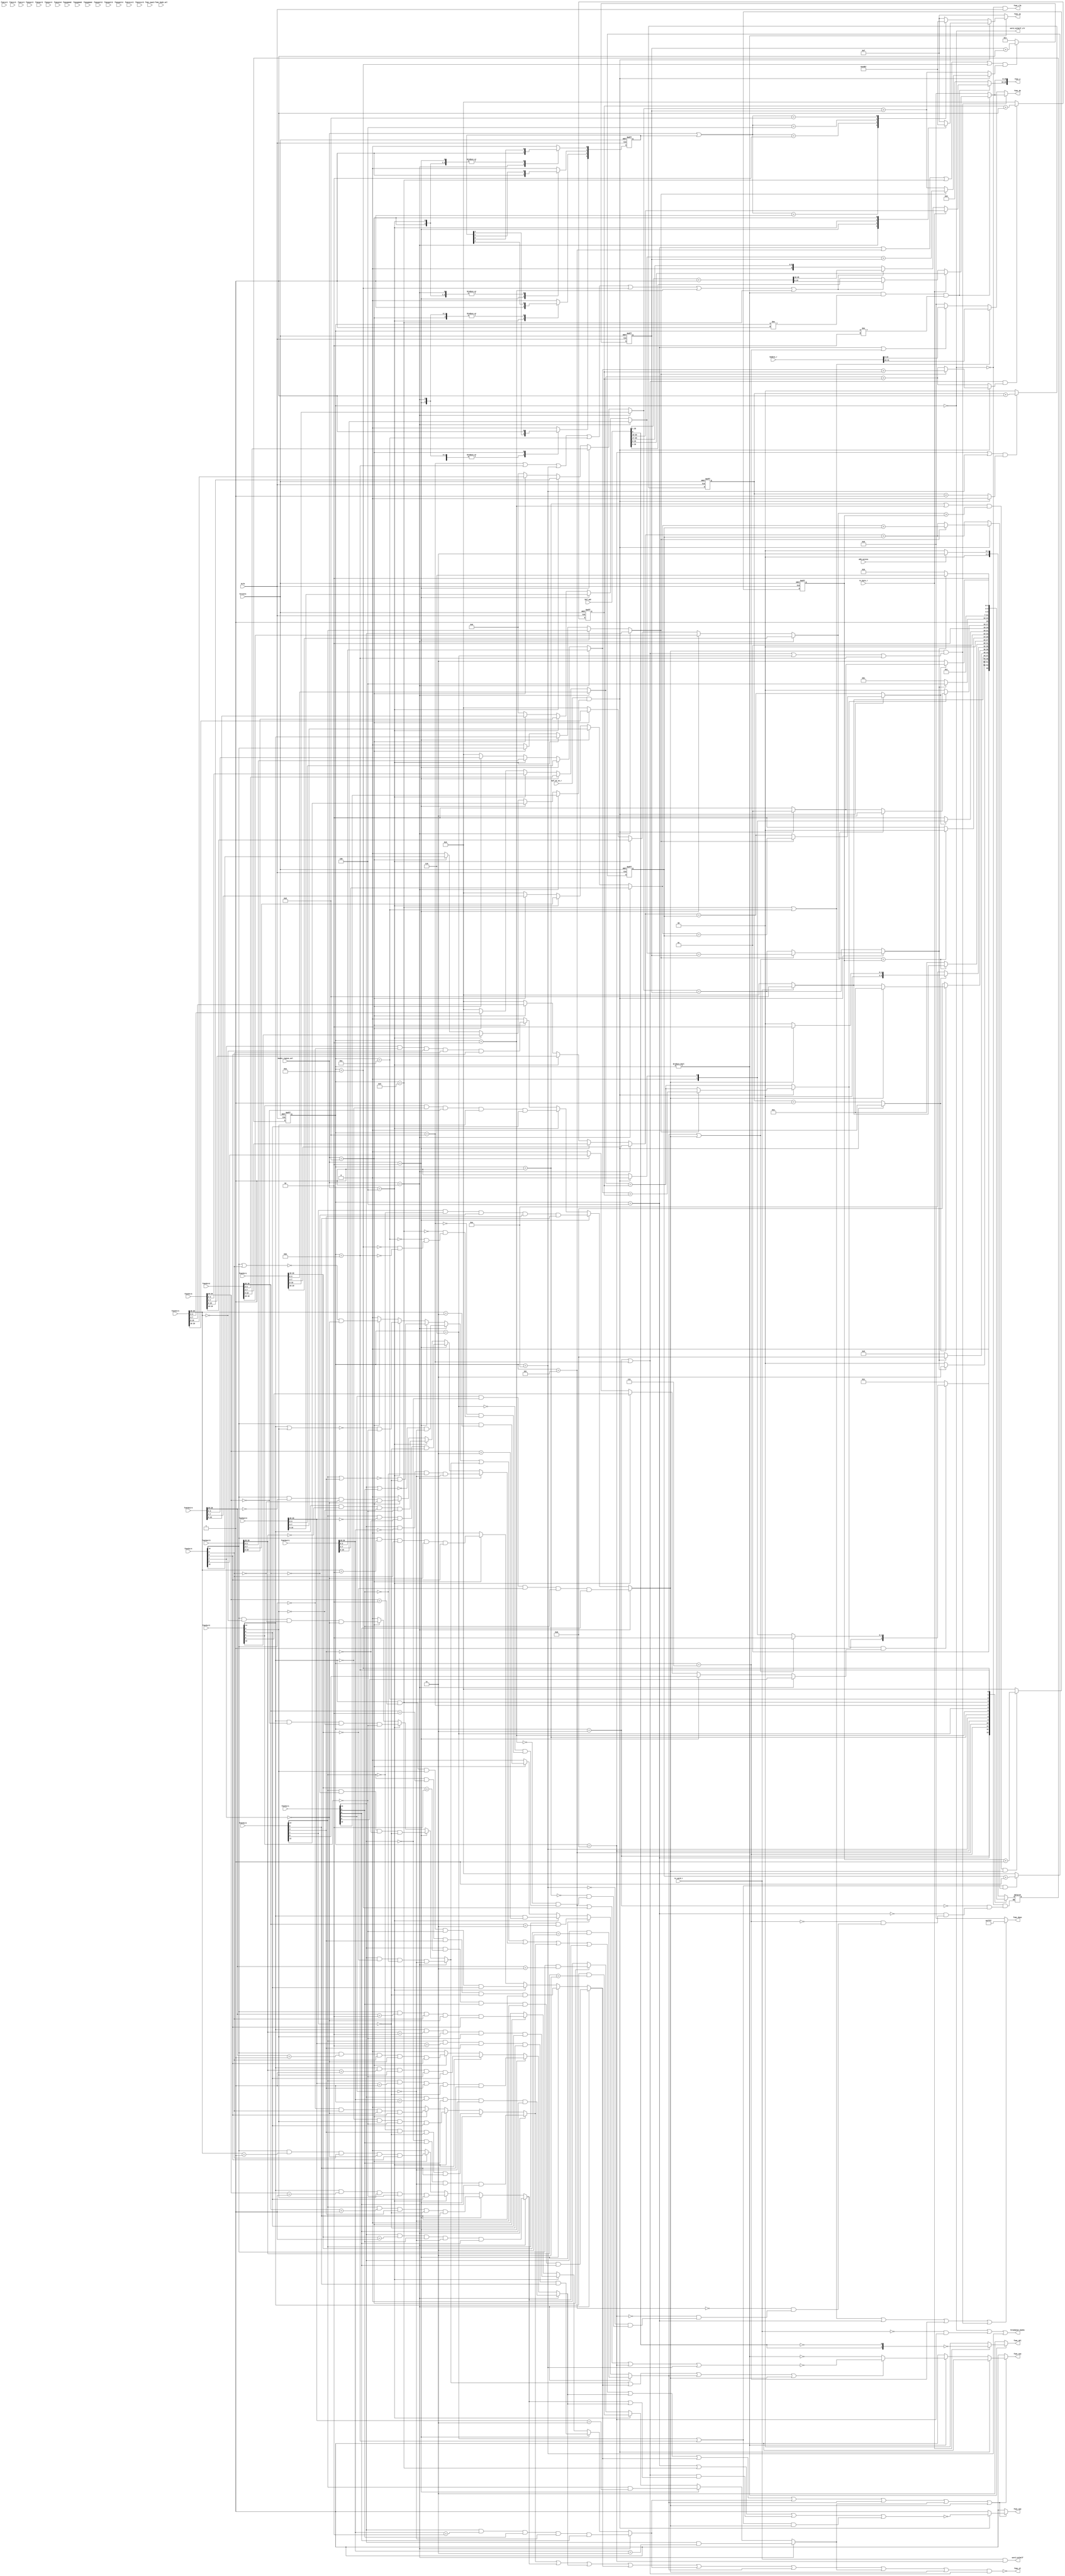
// -----------------------------------------------------------------------------
// Copyright (c) 2014-2020 All rights reserved
// -----------------------------------------------------------------------------
// Create : 2020-05-24 16:32:50
// Revise : 2020-08-05 15:08:49
// Editor : sublime text3, tab size (2)
// -----------------------------------------------------------------------------

module fsmc_core (
  //input signals
  input         hclk            ,
  input         hresetn         ,
  input  [31:0] fsmcbcr1        ,
  input  [31:0] fsmcbtr1        ,
  input  [31:0] fsmcbcr2        ,
  input  [31:0] fsmcbtr2        ,
  input  [31:0] fsmcbcr3        ,
  input  [31:0] fsmcbtr3        ,
  input  [31:0] fsmcbcr4        ,
  input  [31:0] fsmcbtr4        ,
  input  [31:0] fsmcbwtr1       ,
  input  [31:0] fsmcbwtr2       ,
  input  [31:0] fsmcbwtr3       ,
  input  [31:0] fsmcbwtr4       ,
  input  [31:0] fsmcpcr2        ,
  input  [31:0] fsmcpcr3        ,
  input  [31:0] fsmcpcr4        ,
  input  [31:0] fsmcsr2         ,
  input  [31:0] fsmcsr3         ,
  input  [31:0] fsmcsr4         ,
  input  [31:0] fsmcpmem2       ,
  input  [31:0] fsmcpmem3       ,
  input  [31:0] fsmcpmem4       ,
  input  [31:0] fsmcpatt2       ,
  input  [31:0] fsmcpatt3       ,
  input  [31:0] fsmcpatt4       ,
  input  [31:0] fsmcpio4        ,
  input  [31:0] fsmceccr2       ,
  input  [31:0] fsmceccr3       ,
  input         buf_we_en_r     ,
  input         tx_byte_r       ,
  input         tx_word_r       ,
  input         ahb_access      ,
  input         fsmc_nwait      , // wait state input
  input  [ 3:0] bank1_region_sel,
  input  [ 3:0] fsmc_bank_sel   ,
  input  [27:0] buf_adr         ,
  input  [31:0] hwdata_r        ,
  //output signals
  output        hreadyout_bank1 ,
  output        word_1sthalf    ,
  output        word_1sthalf_clr,
  output [25:0] fsmc_a          ,
  output [15:0] fsmc_do         ,
  output [15:0] fsmc_doen       ,
  output        fsmc_noe        , // Output enable, active low
  output        fsmc_nwe        , // Write enable, active low
  output [ 4:1] fsmc_ne         , // Bank SEL, active low
  output        fsmc_nl         , // Latch, active low
  output [ 1:0] fsmc_nbl        , // Upper/Low byte, active low
  output        fsmc_clk
);

  localparam DLY_2HCLK = 1;

  //--------------------------------------------------------
  //  FSM state machine define
  //--------------------------------------------------------
  localparam IDLE        = 4'b0000;
  localparam BUSTURN1_R  = 4'b0001;
  localparam BUSTURN2_R  = 4'b0010;
  localparam ADDSET1     = 4'b0011;
  localparam DATATST1_W  = 4'b0100;
  localparam DATATST1_R  = 4'b0101;
  localparam ADDHLD1     = 4'b0110;
  localparam DATATST1_WF = 4'b0111;
  localparam ADDSET2     = 4'b1000;
  localparam DATATST2_W  = 4'b1001;
  localparam DATATST2_R  = 4'b1010;
  localparam ADDHLD2     = 4'b1011;
  localparam DATATST2_WF = 4'b1100;
  localparam DATAHLD1_R  = 4'b1101;
  localparam DATAHLD2_R  = 4'b1110;

  //-------------------------------------------------------
  //internal registers
  //-------------------------------------------------------
  reg [ 3:0] addset1_cnt  ;
  reg [ 3:0] addhld1_cnt  ;
  reg [ 7:0] datast1_cnt  ;
  reg [ 3:0] busturn_cnt  ;
  reg [ 1:0] datahld_cnt  ;
  reg [ 3:0] current_state;
  reg [ 3:0] next_state   ;
  reg [15:0] fsmc_do_r    ;
  reg [ 3:0] bank1_region_sel_dly;

  reg       fsmc_noe_r;
  reg       fsmc_nwe_r;
  reg [4:1] fsmc_ne_r ;
  reg       bsturn_en ;

  //------------------------------------------------------
  //Internal wire signals
  //------------------------------------------------------
  wire addset1_wclr;
  wire datast1_wclr;
  wire addhld1_wclr;
  wire addset1_clr ;
  wire datast1_clr ;
  wire addhld1_clr ;
  wire addset1_wadd;
  wire datast1_wadd;
  wire addhld1_wadd;
  wire addset1_add ;
  wire datast1_add ;
  wire addhld1_add ;
  wire datahld_clr ;
  wire datahld_add ;
  wire busturn_clr ;
  wire busturn_add ;

  wire [25:0] buf_add_one    ;
  wire        fsmc_wr_en     ;
  wire        nor_acess_en   ;
  wire        asyn_mode_vaild;
  wire        avd_nl_vaild   ;
  wire [ 3:0] bank_sel       ;

  /*------------------------------------------------------------------------------
  --  NOR/PSRAM control bank1 registers Bit define
  ------------------------------------------------------------------------------*/
  wire       mbken1    = fsmcbcr1[    0];
  wire       muxen1    = fsmcbcr1[    1];
  wire [1:0] mtyp1     = fsmcbcr1[ 3: 2];
  wire [1:0] mwid1     = fsmcbcr1[ 5: 4];
  wire       faccen1   = fsmcbcr1[    6];
  wire       bursten1  = fsmcbcr1[    8];
  wire       waitpol1  = fsmcbcr1[    9];
  wire       wrapmod1  = fsmcbcr1[   10];
  wire       waitcfg1  = fsmcbcr1[   11];
  wire       wren1     = fsmcbcr1[   12];
  wire       waiten1   = fsmcbcr1[   13];
  wire       extmod1   = fsmcbcr1[   14];
  wire       asynwait1 = fsmcbcr1[   15];
  wire [1:0] cpsize1   = fsmcbcr1[18:16];
  wire       cburstrw1 = fsmcbcr1[   19];

  wire [3:0] addset1  = fsmcbtr1[ 3: 0];
  wire [3:0] addhld1  = fsmcbtr1[ 7: 4];
  wire [7:0] datast1  = fsmcbtr1[15: 8];
  wire [3:0] busturn1 = fsmcbtr1[19:16];
  wire [3:0] clkdiv1  = fsmcbtr1[23:20];
  wire [3:0] datlat1  = fsmcbtr1[27:24];
  wire [1:0] accmod1  = fsmcbtr1[29:28];

  wire [3:0] addset_w1  = fsmcbwtr1[ 3: 0];
  wire [3:0] addhld_w1  = fsmcbwtr1[ 7: 4];
  wire [7:0] datast_w1  = fsmcbwtr1[15: 8];
  wire [3:0] busturn_w1 = fsmcbwtr1[19:16];
  wire [1:0] accmod_w1  = fsmcbwtr1[29:28];

  /*------------------------------------------------------------------------------
  --  NOR/PSRAM control bank2 registers Bit define
  ------------------------------------------------------------------------------*/
  wire       mbken2    = fsmcbcr2[    0];
  wire       muxen2    = fsmcbcr2[    1];
  wire [1:0] mtyp2     = fsmcbcr2[ 3: 2];
  wire [1:0] mwid2     = fsmcbcr2[ 5: 4];
  wire       faccen2   = fsmcbcr2[    6];
  wire       bursten2  = fsmcbcr2[    8];
  wire       waitpol2  = fsmcbcr2[    9];
  wire       wrapmod2  = fsmcbcr2[   10];
  wire       waitcfg2  = fsmcbcr2[   11];
  wire       wren2     = fsmcbcr2[   12];
  wire       waiten2   = fsmcbcr2[   13];
  wire       extmod2   = fsmcbcr2[   14];
  wire       asynwait2 = fsmcbcr2[   15];
  wire [1:0] cpsize2   = fsmcbcr2[18:16];
  wire       cburstrw2 = fsmcbcr2[   19];

  wire [3:0] addset2  = fsmcbtr2[ 3: 0];
  wire [3:0] addhld2  = fsmcbtr2[ 7: 4];
  wire [7:0] datast2  = fsmcbtr2[15: 8];
  wire [3:0] busturn2 = fsmcbtr2[19:16];
  wire [3:0] clkdiv2  = fsmcbtr2[23:20];
  wire [3:0] datlat2  = fsmcbtr2[27:24];
  wire [1:0] accmod2  = fsmcbtr2[29:28];

  wire [3:0] addset_w2  = fsmcbwtr2[ 3: 0];
  wire [3:0] addhld_w2  = fsmcbwtr2[ 7: 4];
  wire [7:0] datast_w2  = fsmcbwtr2[15: 8];
  wire [3:0] busturn_w2 = fsmcbwtr2[19:16];
  wire [1:0] accmod_w2  = fsmcbwtr2[29:28];

  /*------------------------------------------------------------------------------
  --  NOR/PSRAM control bank3 registers Bit define
  ------------------------------------------------------------------------------*/
  wire       mbken3    = fsmcbcr3[    0];
  wire       muxen3    = fsmcbcr3[    1];
  wire [1:0] mtyp3     = fsmcbcr3[ 3: 2];
  wire [1:0] mwid3     = fsmcbcr3[ 5: 4];
  wire       faccen3   = fsmcbcr3[    6];
  wire       bursten3  = fsmcbcr3[    8];
  wire       waitpol3  = fsmcbcr3[    9];
  wire       wrapmod3  = fsmcbcr3[   10];
  wire       waitcfg3  = fsmcbcr3[   11];
  wire       wren3     = fsmcbcr3[   12];
  wire       waiten3   = fsmcbcr3[   13];
  wire       extmod3   = fsmcbcr3[   14];
  wire       asynwait3 = fsmcbcr3[   15];
  wire [1:0] cpsize3   = fsmcbcr3[18:16];
  wire       cburstrw3 = fsmcbcr3[   19];

  wire [3:0] addset3  = fsmcbtr3[ 3: 0];
  wire [3:0] addhld3  = fsmcbtr3[ 7: 4];
  wire [7:0] datast3  = fsmcbtr3[15: 8];
  wire [3:0] busturn3 = fsmcbtr3[19:16];
  wire [3:0] clkdiv3  = fsmcbtr3[23:20];
  wire [3:0] datlat3  = fsmcbtr3[27:24];
  wire [1:0] accmod3  = fsmcbtr3[29:28];

  wire [3:0] addset_w3  = fsmcbwtr3[ 3: 0];
  wire [3:0] addhld_w3  = fsmcbwtr3[ 7: 4];
  wire [7:0] datast_w3  = fsmcbwtr3[15: 8];
  wire [3:0] busturn_w3 = fsmcbwtr3[19:16];
  wire [1:0] accmod_w3  = fsmcbwtr3[29:28];

  /*------------------------------------------------------------------------------
  --  NOR/PSRAM control bank4 registers Bit define
  ------------------------------------------------------------------------------*/
  wire       mbken4    = fsmcbcr4[    0];
  wire       muxen4    = fsmcbcr4[    1];
  wire [1:0] mtyp4     = fsmcbcr4[ 3: 2];
  wire [1:0] mwid4     = fsmcbcr4[ 5: 4];
  wire       faccen4   = fsmcbcr4[    6];
  wire       bursten4  = fsmcbcr4[    8];
  wire       waitpol4  = fsmcbcr4[    9];
  wire       wrapmod4  = fsmcbcr4[   10];
  wire       waitcfg4  = fsmcbcr4[   11];
  wire       wren4     = fsmcbcr4[   12];
  wire       waiten4   = fsmcbcr4[   13];
  wire       extmod4   = fsmcbcr4[   14];
  wire       asynwait4 = fsmcbcr4[   15];
  wire [1:0] cpsize4   = fsmcbcr4[18:16];
  wire       cburstrw4 = fsmcbcr4[   19];

  wire [3:0] addset4  = fsmcbtr4[ 3: 0];
  wire [3:0] addhld4  = fsmcbtr4[ 7: 4];
  wire [7:0] datast4  = fsmcbtr4[15: 8];
  wire [3:0] busturn4 = fsmcbtr4[19:16];
  wire [3:0] clkdiv4  = fsmcbtr4[23:20];
  wire [3:0] datlat4  = fsmcbtr4[27:24];
  wire [1:0] accmod4  = fsmcbtr4[29:28];

  wire [3:0] addset_w4  = fsmcbwtr4[ 3: 0];
  wire [3:0] addhld_w4  = fsmcbwtr4[ 7: 4];
  wire [7:0] datast_w4  = fsmcbwtr4[15: 8];
  wire [3:0] busturn_w4 = fsmcbwtr4[19:16];
  wire [1:0] accmod_w4  = fsmcbwtr4[29:28];

  wire mode1_s   = (bank1_region_sel == 4'b0001) ? ~(extmod1 | mtyp1[1]) & ~muxen1 :
                   (bank1_region_sel == 4'b0010) ? ~(extmod2 | mtyp2[1]) & ~muxen2 :
                   (bank1_region_sel == 4'b0100) ? ~(extmod3 | mtyp3[1]) & ~muxen3 :
                   (bank1_region_sel == 4'b1000) ? ~(extmod4 | mtyp4[1]) & ~muxen4 : 1'b0;

  wire modea_s   = (bank1_region_sel == 4'b0001) ? extmod1 & (accmod1 == 2'b00) & ~mtyp1[1] & ~muxen1 :
                   (bank1_region_sel == 4'b0010) ? extmod2 & (accmod2 == 2'b00) & ~mtyp2[1] & ~muxen2 :
                   (bank1_region_sel == 4'b0100) ? extmod3 & (accmod3 == 2'b00) & ~mtyp3[1] & ~muxen3 :
                   (bank1_region_sel == 4'b1000) ? extmod4 & (accmod4 == 2'b00) & ~mtyp4[1] & ~muxen4 : 1'b0;

  wire modea_ws  = (bank1_region_sel == 4'b0001) ? extmod1 & (accmod_w1 == 2'b00) & ~mtyp1[1] & ~muxen1 :
                   (bank1_region_sel == 4'b0010) ? extmod2 & (accmod_w2 == 2'b00) & ~mtyp2[1] & ~muxen2 :
                   (bank1_region_sel == 4'b0100) ? extmod3 & (accmod_w3 == 2'b00) & ~mtyp3[1] & ~muxen3 :
                   (bank1_region_sel == 4'b1000) ? extmod4 & (accmod_w4 == 2'b00) & ~mtyp4[1] & ~muxen4 : 1'b0;

  wire mode2_s   = (bank1_region_sel == 4'b0001) ? ~extmod1 & mtyp1[1] & ~muxen1 & faccen1 :
                   (bank1_region_sel == 4'b0010) ? ~extmod2 & mtyp2[1] & ~muxen2 & faccen2 :
                   (bank1_region_sel == 4'b0100) ? ~extmod3 & mtyp3[1] & ~muxen3 & faccen3 :
                   (bank1_region_sel == 4'b1000) ? ~extmod4 & mtyp4[1] & ~muxen4 & faccen4 : 1'b0;

  wire modeb_s   = (bank1_region_sel == 4'b0001) ? extmod1 & (accmod1 == 2'b01) & mtyp1[1] & ~muxen1 & faccen1 :
                   (bank1_region_sel == 4'b0010) ? extmod2 & (accmod2 == 2'b01) & mtyp2[1] & ~muxen2 & faccen2 :
                   (bank1_region_sel == 4'b0100) ? extmod3 & (accmod3 == 2'b01) & mtyp3[1] & ~muxen3 & faccen3 :
                   (bank1_region_sel == 4'b1000) ? extmod4 & (accmod4 == 2'b01) & mtyp4[1] & ~muxen4 & faccen4 : 1'b0;

  wire modeb_ws  = (bank1_region_sel == 4'b0001) ? extmod1 & (accmod_w1 == 2'b01) & mtyp1[1] & ~muxen1 & faccen1 :
                   (bank1_region_sel == 4'b0010) ? extmod2 & (accmod_w2 == 2'b01) & mtyp2[1] & ~muxen2 & faccen2 :
                   (bank1_region_sel == 4'b0100) ? extmod3 & (accmod_w3 == 2'b01) & mtyp3[1] & ~muxen3 & faccen3 :
                   (bank1_region_sel == 4'b1000) ? extmod4 & (accmod_w4 == 2'b01) & mtyp4[1] & ~muxen4 & faccen4 : 1'b0;

  wire modemux_s = (bank1_region_sel == 4'b0001) ? muxen1 & ~extmod1 & (accmod1 == 2'b00) & mtyp1[1] & faccen1 :
                   (bank1_region_sel == 4'b0010) ? muxen2 & ~extmod2 & (accmod2 == 2'b00) & mtyp2[1] & faccen2 :
                   (bank1_region_sel == 4'b0100) ? muxen3 & ~extmod3 & (accmod3 == 2'b00) & mtyp3[1] & faccen3 :
                   (bank1_region_sel == 4'b1000) ? muxen4 & ~extmod4 & (accmod4 == 2'b00) & mtyp4[1] & faccen4 : 1'b0;

  wire modec_s   = (bank1_region_sel == 4'b0001) ? extmod1 & (accmod1 ==2'b10) & mtyp1[1] & ~muxen1 & faccen1 :
                   (bank1_region_sel == 4'b0010) ? extmod2 & (accmod2 ==2'b10) & mtyp2[1] & ~muxen2 & faccen2 :
                   (bank1_region_sel == 4'b0100) ? extmod3 & (accmod3 ==2'b10) & mtyp3[1] & ~muxen3 & faccen3 :
                   (bank1_region_sel == 4'b1000) ? extmod4 & (accmod4 ==2'b10) & mtyp4[1] & ~muxen4 & faccen4 : 1'b0;

  wire modec_ws  = (bank1_region_sel == 4'b0001) ? extmod1 & (accmod_w1 ==2'b10) & mtyp1[1] & ~muxen1 & faccen1 :
                   (bank1_region_sel == 4'b0010) ? extmod2 & (accmod_w2 ==2'b10) & mtyp2[1] & ~muxen2 & faccen2 :
                   (bank1_region_sel == 4'b0100) ? extmod3 & (accmod_w3 ==2'b10) & mtyp3[1] & ~muxen3 & faccen3 :
                   (bank1_region_sel == 4'b1000) ? extmod4 & (accmod_w4 ==2'b10) & mtyp4[1] & ~muxen4 & faccen4 : 1'b0;

  wire moded_s   = (bank1_region_sel == 4'b0001) ? extmod1 & (accmod1 ==2'b11) :
                   (bank1_region_sel == 4'b0010) ? extmod2 & (accmod2 ==2'b11) :
                   (bank1_region_sel == 4'b0100) ? extmod3 & (accmod3 ==2'b11) :
                   (bank1_region_sel == 4'b1000) ? extmod4 & (accmod4 ==2'b11) : 1'b0;

  wire moded_ws  = (bank1_region_sel == 4'b0001) ? extmod1 & (accmod_w1 ==2'b11) :
                   (bank1_region_sel == 4'b0010) ? extmod2 & (accmod_w2 ==2'b11) :
                   (bank1_region_sel == 4'b0100) ? extmod3 & (accmod_w3 ==2'b11) :
                   (bank1_region_sel == 4'b1000) ? extmod4 & (accmod_w4 ==2'b11) : 1'b0;

  wire [3:0] addset_s  = ( bank1_region_sel == 4'b0001 ) ? addset1 :
                         ( bank1_region_sel == 4'b0010 ) ? addset2 :
                         ( bank1_region_sel == 4'b0100 ) ? addset3 :
                         ( bank1_region_sel == 4'b1000 ) ? addset4 : 4'b0;

  wire [3:0] addhld_s  = ( bank1_region_sel == 4'b0001 ) ? addhld1 :
                         ( bank1_region_sel == 4'b0010 ) ? addhld2 :
                         ( bank1_region_sel == 4'b0100 ) ? addhld3 :
                         ( bank1_region_sel == 4'b1000 ) ? addhld4 : 4'b0;

  wire [7:0] datast_s  = ( bank1_region_sel == 4'b0001 ) ? datast1 :
                         ( bank1_region_sel == 4'b0010 ) ? datast2 :
                         ( bank1_region_sel == 4'b0100 ) ? datast3 :
                         ( bank1_region_sel == 4'b1000 ) ? datast4 : 8'b0;

  wire [3:0] addset_ws = ( bank1_region_sel == 4'b0001 ) ? addset_w1 :
                         ( bank1_region_sel == 4'b0010 ) ? addset_w2 :
                         ( bank1_region_sel == 4'b0100 ) ? addset_w3 :
                         ( bank1_region_sel == 4'b1000 ) ? addset_w4 : 4'b0;

  wire [3:0] addhld_ws = ( bank1_region_sel == 4'b0001 ) ? addhld_w1 :
                         ( bank1_region_sel == 4'b0010 ) ? addhld_w2 :
                         ( bank1_region_sel == 4'b0100 ) ? addhld_w3 :
                         ( bank1_region_sel == 4'b1000 ) ? addhld_w4 : 4'b0;

  wire [7:0] datast_ws = ( bank1_region_sel == 4'b0001 ) ? datast_w1 :
                         ( bank1_region_sel == 4'b0010 ) ? datast_w2 :
                         ( bank1_region_sel == 4'b0100 ) ? datast_w3 :
                         ( bank1_region_sel == 4'b1000 ) ? datast_w4 : 8'b0;

  wire [3:0] bsturn_s = ( bank1_region_sel == 4'b0001 ) ? busturn1 :
                        ( bank1_region_sel == 4'b0010 ) ? busturn2 :
                        ( bank1_region_sel == 4'b0100 ) ? busturn3 :
                        ( bank1_region_sel == 4'b1000 ) ? busturn4 : 4'b0;

  wire  mbken_s       = ( bank1_region_sel == 4'b0001 ) ? mbken1 :
                        ( bank1_region_sel == 4'b0010 ) ? mbken2 :
                        ( bank1_region_sel == 4'b0100 ) ? mbken3 :
                        ( bank1_region_sel == 4'b1000 ) ? mbken4 : 1'b0;

  wire wren_s         = ( bank1_region_sel == 4'b0001 ) ? wren1 :
                        ( bank1_region_sel == 4'b0010 ) ? wren2 :
                        ( bank1_region_sel == 4'b0100 ) ? wren3 :
                        ( bank1_region_sel == 4'b1000 ) ? wren4 : 1'b0;

  wire [1:0] mtyp_s   = ( bank1_region_sel == 4'b0001 ) ? mtyp1 :
                        ( bank1_region_sel == 4'b0010 ) ? mtyp2 :
                        ( bank1_region_sel == 4'b0100 ) ? mtyp3 :
                        ( bank1_region_sel == 4'b1000 ) ? mtyp4 : 2'b0;

  wire [1:0] mwid_s   = ( bank1_region_sel == 4'b0001 ) ? mwid1 :
                        ( bank1_region_sel == 4'b0010 ) ? mwid2 :
                        ( bank1_region_sel == 4'b0100 ) ? mwid3 :
                        ( bank1_region_sel == 4'b1000 ) ? mwid4 : 2'b0;

  wire  extmod_s      = ( bank1_region_sel == 4'b0001 ) ? extmod1 :
                        ( bank1_region_sel == 4'b0010 ) ? extmod2 :
                        ( bank1_region_sel == 4'b0100 ) ? extmod3 :
                        ( bank1_region_sel == 4'b1000 ) ? extmod4 : 1'b0;

  wire asynwait_s     = ( bank1_region_sel == 4'b0001 ) ? asynwait1 :
                        ( bank1_region_sel == 4'b0010 ) ? asynwait2 :
                        ( bank1_region_sel == 4'b0100 ) ? asynwait3 :
                        ( bank1_region_sel == 4'b1000 ) ? asynwait4 : 1'b0;

  wire waitpol_s      = ( bank1_region_sel == 4'b0001 ) ? waitpol1 :
                        ( bank1_region_sel == 4'b0010 ) ? waitpol2 :
                        ( bank1_region_sel == 4'b0100 ) ? waitpol3 :
                        ( bank1_region_sel == 4'b1000 ) ? waitpol4 : 1'b0;

  wire wait_vaild = asynwait_s & ((waitpol_s & fsmc_nwait) | (~waitpol_s & ~fsmc_nwait));
  assign asyn_mode_vaild = mode1_s || modea_s || modea_ws || mode2_s || modeb_s || modeb_ws || modec_s ||
                    modec_ws || moded_s || moded_ws || modemux_s;
  assign fsmc_wr_en   = buf_we_en_r & wren_s;
  assign addset1_wclr = extmod_s ? (addset_ws == addset1_cnt) : (addset_s == addset1_cnt);
  assign datast1_wclr = extmod_s ? (datast_ws == datast1_cnt) : (datast_s == datast1_cnt);
  assign addhld1_wclr = extmod_s ? (addhld_ws == addhld1_cnt) : (addhld_s == addhld1_cnt);
  assign addset1_clr  = fsmc_wr_en ? addset1_wclr : (addset_s == addset1_cnt) ;
  assign datast1_clr  = fsmc_wr_en ? datast1_wclr : (datast_s == datast1_cnt) ;
  assign addhld1_clr  = fsmc_wr_en ? addhld1_wclr : (addhld_s == addhld1_cnt) ;
  assign addset1_wadd = extmod_s ? (addset_ws > addset1_cnt) : (addset_s > addset1_cnt) ;
  assign datast1_wadd = extmod_s ? (datast_ws > datast1_cnt) : (datast_s > datast1_cnt) ;
  assign addhld1_wadd = extmod_s ? (addhld_ws > addhld1_cnt) : (addhld_s > addhld1_cnt) ;
  assign addset1_add  = fsmc_wr_en ? addset1_wadd : (addset_s > addset1_cnt) ;
  assign datast1_add  = fsmc_wr_en ? datast1_wadd : (datast_s > datast1_cnt) ;
  assign addhld1_add  = fsmc_wr_en ? addhld1_wadd : (addhld_s > addhld1_cnt) ;
  assign datahld_clr  = (~fsmc_wr_en) ? (datahld_cnt == DLY_2HCLK) : 1'b0;
  assign datahld_add  = (~fsmc_wr_en) ? (datahld_cnt < DLY_2HCLK) : 1'b0;
  assign busturn_clr  = bsturn_s == busturn_cnt;
  assign busturn_add  = bsturn_s >  busturn_cnt;

  always @(posedge hclk or negedge hresetn) begin
    if(~hresetn)
      bsturn_en <= 1'b0;
    else if(modemux_s) begin
      if(datahld_clr && ~fsmc_wr_en)
        bsturn_en <= 1'b1;
      else if(busturn_clr || fsmc_wr_en)
        bsturn_en <= 1'b0;
    end
  end

  always @ (posedge hclk or negedge hresetn) begin
    if (!hresetn)
      busturn_cnt <= 4'd0;
    else if((current_state == BUSTURN1_R || current_state == BUSTURN2_R) && busturn_add && modemux_s)
      busturn_cnt <= busturn_cnt+1;
    else
      busturn_cnt <= 4'd0;
  end

  always @ (posedge hclk or negedge hresetn) begin
    if (!hresetn)
      datahld_cnt <= 2'd0;
    else if((current_state == DATAHLD1_R || current_state == DATAHLD2_R) && datahld_add)
      datahld_cnt <= datahld_cnt+1;
    else
      datahld_cnt <= 2'd0;
  end

  always @ (posedge hclk or negedge hresetn) begin
    if (!hresetn)
      addset1_cnt <= 4'd0;
    else if((current_state == ADDSET1 || current_state == ADDSET2) && addset1_add)
      addset1_cnt <= addset1_cnt+1;
    else
      addset1_cnt <= 4'd0;
  end

  always @ (posedge hclk or negedge hresetn) begin
    if (!hresetn)
      addhld1_cnt <= 4'd0;
    else if((current_state == ADDHLD1 || current_state == ADDHLD2) && addhld1_add)
      addhld1_cnt <= addhld1_cnt+1;
    else
      addhld1_cnt <= 4'd0;
  end

  // always @ (posedge hclk or negedge hresetn) begin
  //   if (!hresetn) begin
  //     if(fsmc_wr_en)
  //       datast1_cnt <= 8'd1;
  //     else
  //       datast1_cnt <= 8'd0;
  //   end
  //   else if((current_state == DATATST1_W || current_state == DATATST1_R ||
  //            current_state == DATATST2_W || current_state == DATATST2_R) && datast1_add)
  //     datast1_cnt <= datast1_cnt+1;
  //   else begin
  //     if(fsmc_wr_en)
  //       datast1_cnt <= 8'd1;
  //     else
  //       datast1_cnt <= 8'd0;
  //   end
  // end

  always @ (posedge hclk or negedge hresetn) begin
    if (!hresetn)
      datast1_cnt <= 8'd1;
    else if((current_state == DATATST1_W || current_state == DATATST1_R ||
             current_state == DATATST2_W || current_state == DATATST2_R) && datast1_add)
      datast1_cnt <= datast1_cnt+1;
    else
      datast1_cnt <= 8'd1;
  end

  always @(posedge hclk or negedge hresetn) begin
    if(!hresetn)
      bank1_region_sel_dly <= 4'b0;
    else
      case (bank1_region_sel)
        4'b0001 : bank1_region_sel_dly[0] <= 1'b1;
        4'b0010 : bank1_region_sel_dly[1] <= 1'b1;
        4'b0100 : bank1_region_sel_dly[2] <= 1'b1;
        4'b1000 : bank1_region_sel_dly[3] <= 1'b1;
        default : bank1_region_sel_dly <= 4'b0;
      endcase
  end

  wire [3:0] region_sel = bank1_region_sel | bank1_region_sel_dly;

  //--------------------------------------------------------
  //  FSM state machine process
  //--------------------------------------------------------
  always @ (posedge hclk or negedge hresetn) begin
    if (!hresetn)
      current_state <= IDLE;
    else
      current_state <= next_state;
  end

  always @(*) begin
    case(current_state)
      IDLE : begin
        if(ahb_access)
          next_state = ADDSET1;
        else
          next_state = IDLE;
      end

      ADDSET1 : begin
        if(addset1_clr && mbken_s) begin
          if(moded_s | modemux_s)
            next_state = ADDHLD1;
          else
            next_state = fsmc_wr_en ? DATATST1_W : DATATST1_R;
        end
        else
          next_state = ADDSET1;
      end

      DATATST1_W : begin
        if(datast1_clr)
          next_state = DATATST1_WF;
        else
          next_state = DATATST1_W;
      end

      DATATST1_WF : begin
        if(tx_word_r)
          next_state = ADDSET2;
        else
          next_state = IDLE;
      end

      DATATST1_R : begin
        if(datast1_clr)
          next_state = DATAHLD1_R;
        else
          next_state = DATATST1_R;
      end

      DATAHLD1_R : begin
        if(datahld_clr) begin
          if(modemux_s)
              next_state = BUSTURN1_R;
          else begin
            if(tx_word_r)
              next_state = ADDSET2;
            else
              next_state = IDLE;
          end
        end
        else
          next_state = DATAHLD1_R;
      end

      DATAHLD2_R : begin
        if(datahld_clr) begin
          if(modemux_s)
            next_state = BUSTURN2_R;
          else
            next_state = IDLE;
        end
        else
          next_state = DATAHLD2_R;
      end

      BUSTURN1_R : begin
        if(busturn_clr) begin
          if(tx_word_r)
            next_state = ADDSET2;
          else
            next_state = IDLE;
        end
        else
          next_state = BUSTURN1_R;
      end

      BUSTURN2_R : begin
        if(busturn_clr)
          next_state = IDLE;
        else
          next_state = BUSTURN2_R;
      end

      ADDHLD1 : begin
        if(addhld1_clr)
          next_state = fsmc_wr_en ? DATATST1_W : DATATST1_R;
        else
          next_state = ADDHLD1;
      end

      ADDSET2 : begin
        if(addset1_clr) begin
          if(moded_s | modemux_s)
            next_state = ADDHLD2;
          else
            next_state = fsmc_wr_en ? DATATST2_W : DATATST2_R;
        end
        else
          next_state = ADDSET2;
      end

      DATATST2_W : begin
        if(datast1_clr)
          next_state = DATATST2_WF;
        else
          next_state = DATATST2_W;
      end

      DATATST2_WF :
        next_state = IDLE ;

      DATATST2_R : begin
        if(datast1_clr)
          next_state = DATAHLD2_R;
        else
          next_state = DATATST2_R;
      end

      ADDHLD2 : begin
        if(addhld1_clr)
          next_state = fsmc_wr_en ? DATATST2_W : DATATST2_R;
        else
          next_state = ADDHLD2;
      end

    endcase
  end

  always @(*) begin
    fsmc_nwe_r = 1'b1;
    fsmc_noe_r = 1'b1;
    if(fsmc_wr_en) begin
      fsmc_nwe_r = ~( current_state == DATATST1_W || current_state == DATATST2_W ||
                    ((current_state == ADDSET1 || current_state == ADDSET2) && (modeb_s || modeb_ws)) ||
                    ((current_state == ADDHLD1 || current_state == ADDHLD2) && modemux_s));
      fsmc_noe_r = 1'b1;
    end
    else begin
      if(current_state != IDLE) begin
        if(modea_s | modec_s | moded_s | modemux_s)
          fsmc_noe_r = ~(current_state == DATATST1_R || current_state == DATATST2_R  ||
                         current_state == DATAHLD1_R || current_state == DATAHLD2_R);
        else
          fsmc_noe_r = ~(current_state != IDLE);
      end
      else
        fsmc_noe_r = 1'b1;
    end
  end

  always @(*) begin
    fsmc_do_r = 16'd0;
    if((modemux_s & (current_state == ADDSET1 || current_state == ADDSET2 ||
          current_state == ADDHLD1 || current_state == ADDHLD2)))
      fsmc_do_r = fsmc_a[15:0];
    else if(current_state == DATATST2_W || current_state == DATATST2_WF)
      fsmc_do_r = hwdata_r[31:16];
    else if(current_state == DATATST1_W || current_state == DATATST1_WF)
      fsmc_do_r = hwdata_r[15:0];
  end

  always @(*) begin
    if(current_state != IDLE) begin
      if(fsmc_wr_en)
        case (bank1_region_sel)
          4'b0001 : fsmc_ne_r = 4'b1110;
          4'b0010 : fsmc_ne_r = 4'b1101;
          4'b0100 : fsmc_ne_r = 4'b1011;
          4'b1000 : fsmc_ne_r = 4'b0111;
          default : fsmc_ne_r = 4'b1111;
        endcase
      else
        case (region_sel)
          4'b0001 : fsmc_ne_r = 4'b1110;
          4'b0010 : fsmc_ne_r = 4'b1101;
          4'b0100 : fsmc_ne_r = 4'b1011;
          4'b1000 : fsmc_ne_r = 4'b0111;
          default : fsmc_ne_r = 4'b1111;
        endcase
    end
    else
      fsmc_ne_r = 4'b1111;
  end

  assign buf_add_one = buf_adr[25:1] + 26'd1 ;

  assign fsmc_a[25:16] = (current_state != IDLE && current_state != BUSTURN1_R && current_state != BUSTURN2_R) ?
                         (tx_byte_r ? buf_adr[25:16] :
                         ((current_state == ADDSET2     || current_state == ADDHLD2    || current_state == DATAHLD2_R ||
                           current_state == DATATST2_WF || current_state == DATATST2_R || current_state == BUSTURN2_R ||
                           current_state == DATATST2_W) ? buf_add_one[25:16] : {1'b0, buf_adr[25:17]})) : 16'd0;

  assign fsmc_a[15:0] = (current_state != IDLE && current_state != BUSTURN1_R && current_state != BUSTURN2_R) ?
                        (tx_byte_r ? buf_adr[15:0] :
                        ((current_state == ADDSET2     || current_state == ADDHLD2    || current_state == DATAHLD2_R ||
                          current_state == DATATST2_WF || current_state == DATATST2_R || current_state == BUSTURN2_R ||
                          current_state == DATATST2_W) ? buf_add_one[15:0] : {1'b0, buf_adr[16:1]})) : 16'd0;

  assign fsmc_do = fsmc_do_r;
  assign fsmc_doen = (current_state == DATATST2_W || current_state == DATATST2_WF ||
                      current_state == DATATST1_W || current_state == DATATST1_WF ||
                      (modemux_s & (current_state == ADDSET1 || current_state == ADDSET2 ||
                       current_state == ADDHLD1 || current_state == ADDHLD2))) ? 16'hffff : 16'd0 ;

  assign avd_nl_vaild = mode2_s | modeb_s | modeb_ws | modec_s | modec_ws | moded_s | moded_ws | modemux_s;

  assign #1 fsmc_nwe = asyn_mode_vaild ? fsmc_nwe_r : 1'b1;
  assign fsmc_noe = asyn_mode_vaild ? fsmc_noe_r : 1'b1;
  assign fsmc_ne  = fsmc_ne_r;

  assign fsmc_nl  = ~(avd_nl_vaild & (current_state == ADDSET1 || current_state == ADDSET2)) ;

  assign fsmc_nbl = (current_state != IDLE) ? (tx_byte_r) ? ~{buf_adr[0], ~buf_adr[0]} : 2'b00 : 2'b11;
  assign fsmc_clk = ~(current_state == IDLE) & hclk;

  assign hreadyout_bank1 = current_state == IDLE || (~tx_word_r & (current_state == DATAHLD1_R)) || current_state == DATAHLD2_R;
                    // || current_state == BUSTURN1_R | current_state == BUSTURN2_R;
  // wire hreadyout2 = current_state == IDLE || (~tx_word_r & (current_state == DATAHLD1_R)) || current_state == DATAHLD2_R;
  //                   // || current_state == BUSTURN1_R | current_state == BUSTURN2_R;
  // wire hreadyout3 = current_state == IDLE || (~tx_word_r & (current_state == DATAHLD1_R)) || current_state == DATAHLD2_R;
  //                   // || current_state == BUSTURN1_R | current_state == BUSTURN2_R;
  // wire hreadyout4 = current_state == IDLE || (~tx_word_r & (current_state == DATAHLD1_R)) || current_state == DATAHLD2_R;
                    // || current_state == BUSTURN1_R | current_state == BUSTURN2_R;

  // assign hreadyout        = {hreadyout4, hreadyout3, hreadyout2, hreadyout1};
  assign word_1sthalf     = tx_word_r & (current_state == DATAHLD1_R);
  assign word_1sthalf_clr = current_state == IDLE;

endmodule